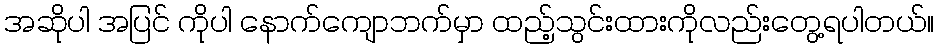
အဆိုပါ အပြင် ကိုပါ နောက်ကျောဘက်မှာ ထည့်သွင်းထားကိုလည်းတွေ့ရပါတယ်။